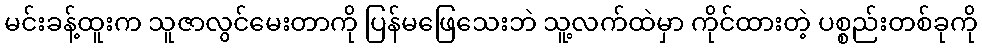
မင်းခန့်ထူးက သူဇာလွင်မေးတာကို ပြန်မဖြေသေးဘဲ သူ့လက်ထဲမှာ ကိုင်ထားတဲ့ ပစ္စည်းတစ်ခုကို